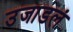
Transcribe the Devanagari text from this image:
उजाडलं